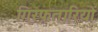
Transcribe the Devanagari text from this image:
गिरफ़तारियों